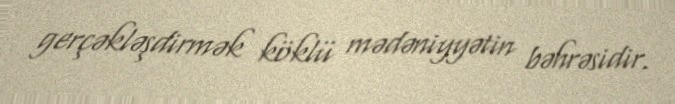
gerçəkləşdirmək köklü mədəniyyətin bəhrəsidir.